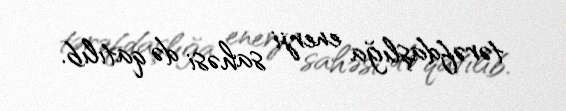
tərəfdaşlığa enerji sahəsi də qatılıb.